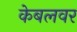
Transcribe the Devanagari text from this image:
केबलवर